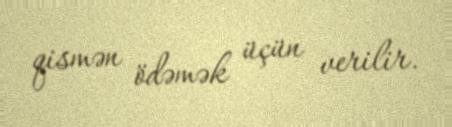
qismən ödəmək üçün verilir.